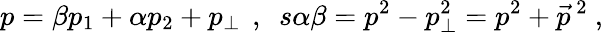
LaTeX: p=\beta p_{1}+\alpha p_{2}+p_{\perp}~\, ,\, \, \, s\alpha\beta=p^{2}-p_{\perp}^{2}=p^{2}+\vec{p}^{~2}~,